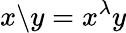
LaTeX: x\backslash y=x^{\lambda}y